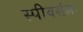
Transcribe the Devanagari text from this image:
स्पीयर्सला